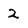
Character: 2